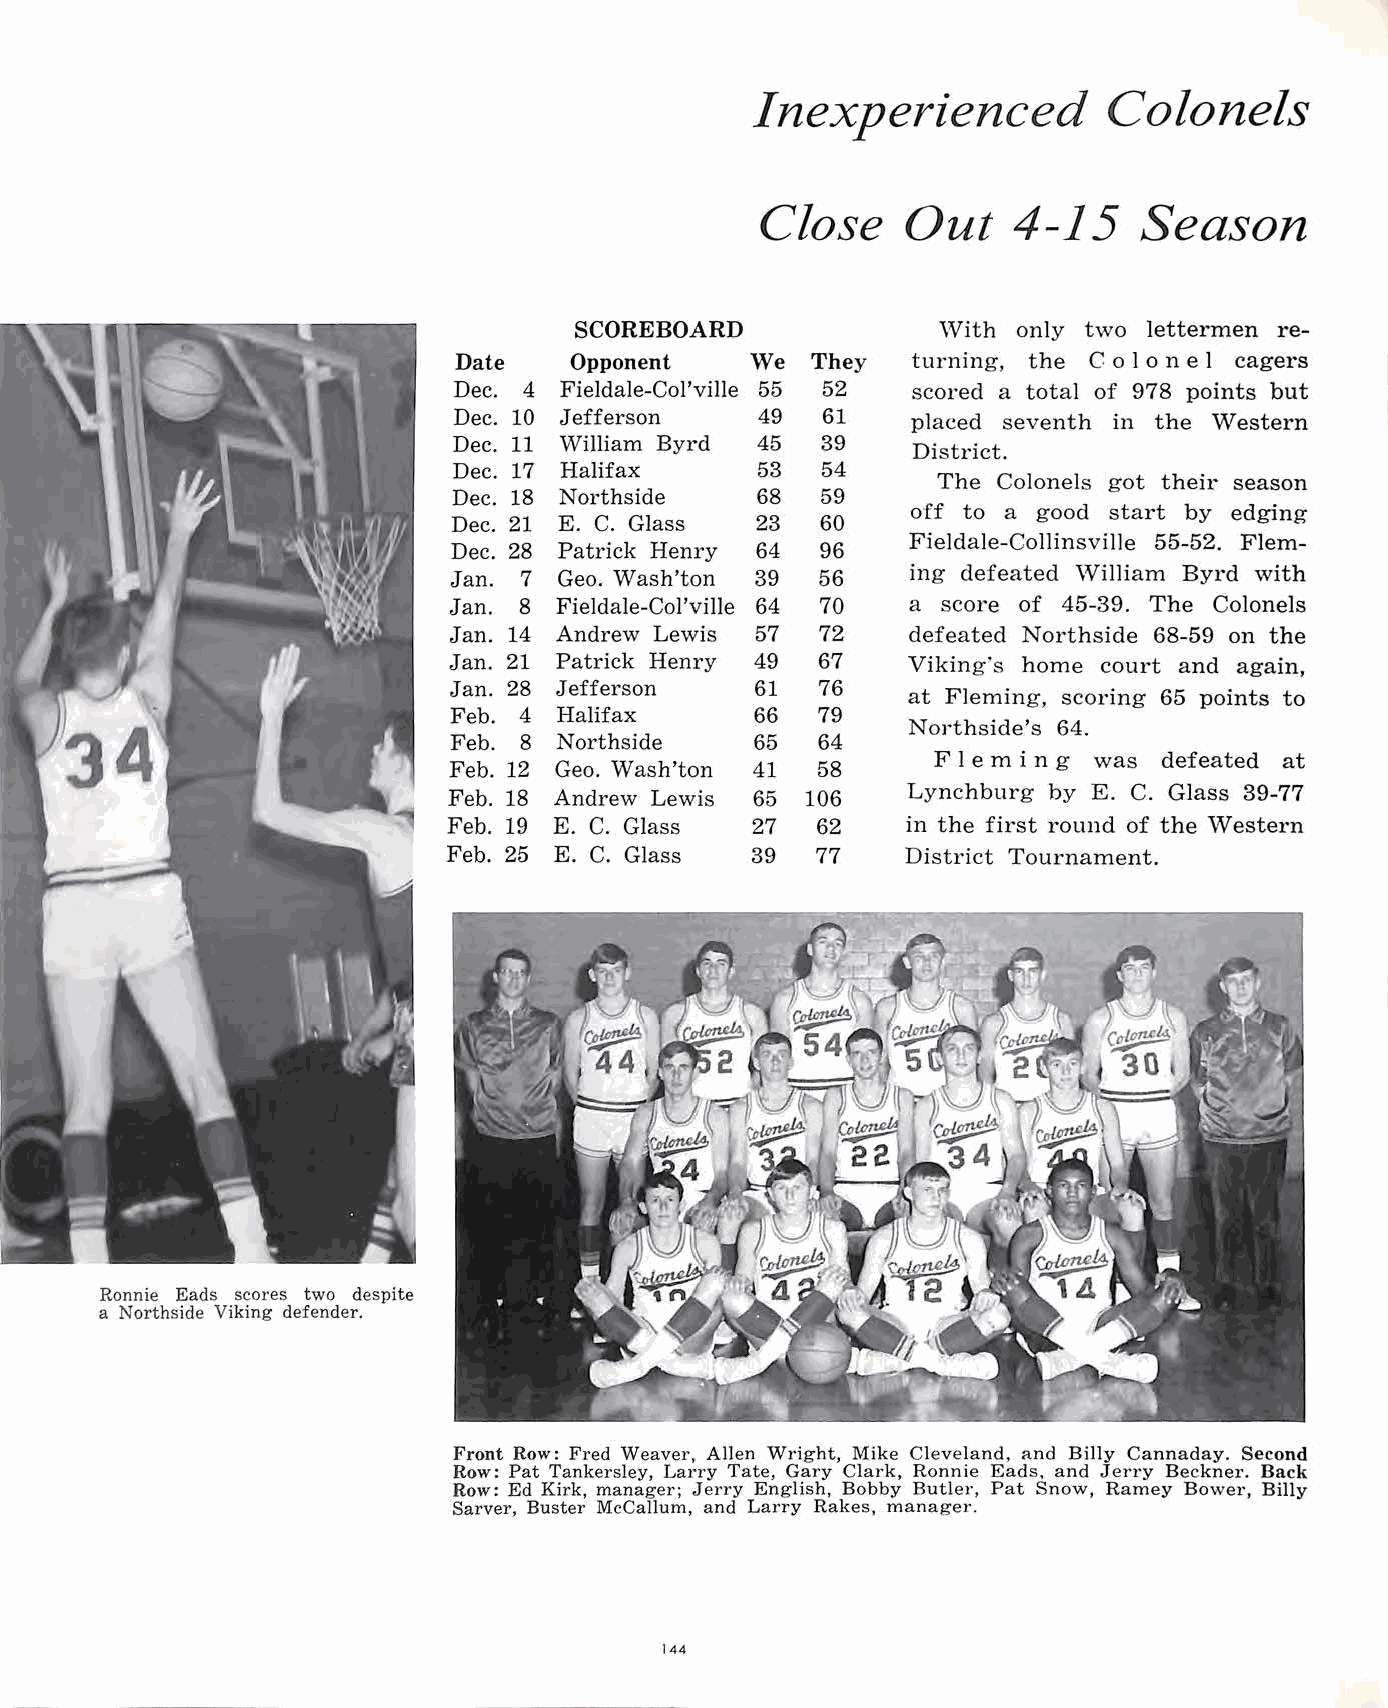
Inexperienced          Colonels
 Close     Out    4-15    Season
 SCOREBOARD              \Vith only two lettermen re
 Date    Opponent    We  They  turning, the C o I o n e l cagers
 Dec. 4 Fieldale-Col'ville 55 52 scored a total of 978 points but
 Dec. 10 Jefferson   49  61    placed seventh in the Western
 Dec. 11 William Byrd 45 39
 District.
 Dec. 17 Halifax     53  54
 The Colonels got their season
 Dec. 18 Northside   68  59
 off to a good start by edging
 Dec. 21 E. C. Glass 23  60
 Fieldale-Collinsville 55-52. Flem
 Dec. 28 Patrick Henry 64 96
 Jan. 7 Geo. Wash'ton 39 56    ing defeated \Villiam Byrd with
 Jan. 8 Fieldale-Col'ville 64 70 a score of 45-39. The Colonels
 Jan. 14 Andrew Lewis 57 72    defeated Northside 68-59 on the
 Jan. 21 Patrick Henry 49 67   Viking·s home court and again,
 Jan. 28 Jefferson   61  76
 at Fleming, scoring 65 points to
 Feb. 4 Halifax      66  79
 Northside's 64.
 Feb. 8 Northside    65  64
 F l e m i n g was defeated at
 Feb. 12 Geo. Wash'ton 41 58
 Feb. 18 Andrew Lewis 65 106   Lynchburg by E. C. Glass 39-77
 Feb. 19 E. C. Glass 27  62    in the first round of the Western
 Feb. 25 E. C. Glass 39  77    District Tournament.
 Ronnie Eads scores two despite
 a Northside Viking defender.
 Front Row: Fred Weaver, Allen Wright, Mike Cleveland, and Billy Cannaday. Second
 Row: Pat Tankersley, Larry Tate, Gary Clark, Ronnie Eads. and Jerry Beckner. Back
 Row: Ed Kirk, manager; Jerry English, Bobby Butler, Pat Snow, Ramey Bower, Billy
 Sarver, Buster McCallum, and Larry Rakes, manager.
 144